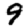
Digit: 9